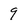
Character: 9